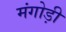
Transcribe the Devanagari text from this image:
मंगोड़ी